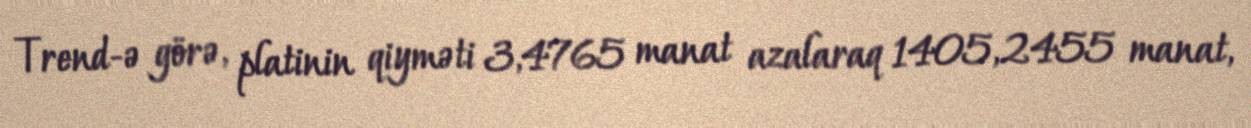
Trend-ə görə, platinin qiyməti 3,4765 manat azalaraq 1405,2455 manat,